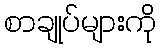
စာချုပ်များကို